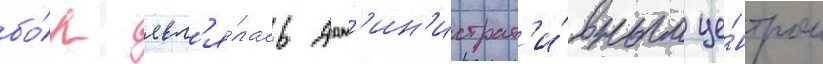
бо́р явл'я́лась адм'ин'истрат'и́вным це́нтром